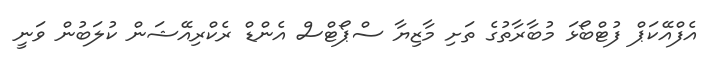
އެފްއޭކަޕް ފުޓްބޯޅަ މުބާރާތުގެ ތަށި މާޒިޔާ ސްޕޯޓްސް އެންޑް ރެކްރިއޭޝަން ކުލަބުން ވަނީ